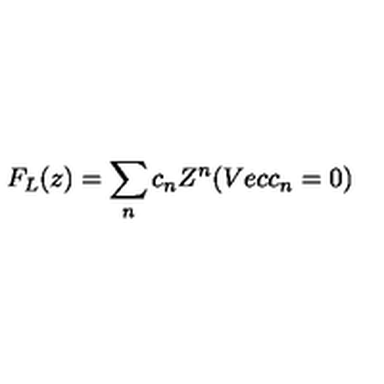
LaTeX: F _ { L } ( z ) = \sum _ { n } c _ { n } Z ^ { n } ( V e c c _ { n } = 0 )